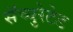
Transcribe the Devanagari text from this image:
सॅच्युरेटेड